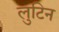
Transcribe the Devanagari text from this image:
लुटिन